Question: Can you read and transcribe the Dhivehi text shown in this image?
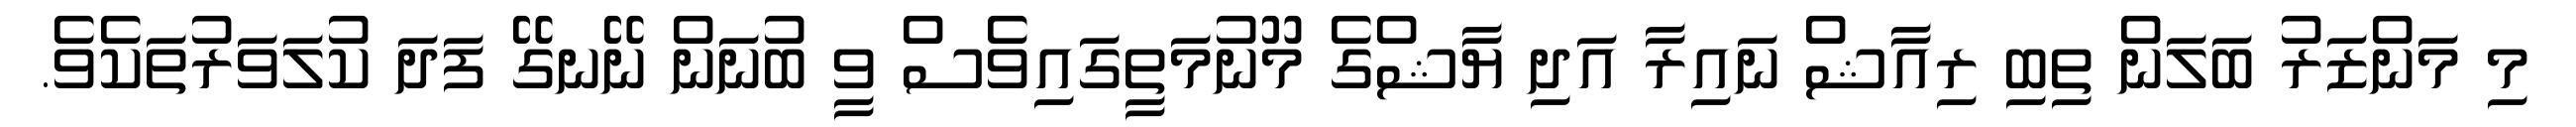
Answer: މި މަންޒަރު ބަލަން ތިބި ރިއާޝް ނައިރާ އަދި ޔާޝްގެ މޫނުމަތީގައިވެސް ވީ ބުނަން ނޭނގޭ ފަދަ ކުލަވަރުތަކެވެ.